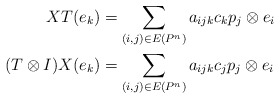
\begin{align*} XT(e_k) & = \sum_{(i,j)\in E(P^n)}a_{ijk}c_kp_j\otimes e_i \\ (T\otimes I)X(e_k) & = \sum_{(i,j)\in E(P^n)}a_{ijk}c_jp_j\otimes e_i\end{align*}